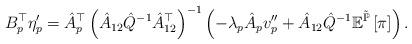
LaTeX: \begin{align*}B_{p}^{\top}\eta'_{p}=\hat{A}_{p}^{\top}\left(\hat{A}_{12}\hat{Q}^{-1}\hat{A}_{12}^{\top}\right)^{-1}\left(-\lambda_{p}\hat{A}_{p}v''_{p}+\hat{A}_{12}\hat{Q}^{-1}\mathbb{E}^{\tilde{\mathbb{P}}}\left[\pi\right]\right).\end{align*}